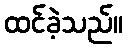
ထင်ခဲ့သည်။